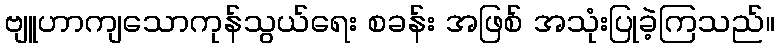
ဗျူဟာကျသောကုန်သွယ်ရေး စခန်း အဖြစ် အသုံးပြုခဲ့ကြသည်။